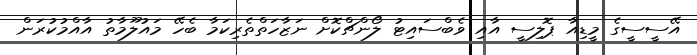
އޭސީސީގެ މީޑިއާ ޕޮލިސީ އާއި ވެބްސައިޓު ލޯންޗްކޮށް ނަޒާހަތްތެރިކަމާ ބެހޭ މައުލޫމާތު އާއްމުކުރަން